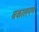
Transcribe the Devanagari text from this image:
बकालपण